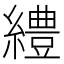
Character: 䌡